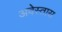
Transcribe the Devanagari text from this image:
अवेस्तास